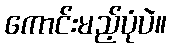
ကောင်းမည့်ပုံပဲ။